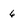
Character: 6